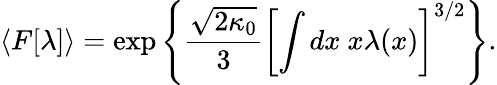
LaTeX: \langle F[\lambda]\rangle=\exp\left\{ \frac{\sqrt{2\kappa_{0}}}{3}\left[\int dx~x\lambda(x)\right]^{3/2}\right\} .